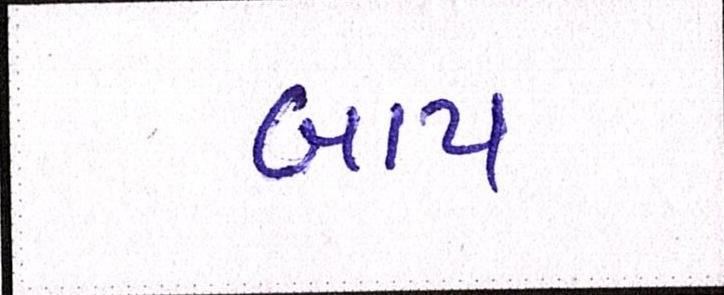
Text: બાપ